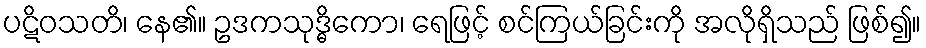
ပဋိဝသတိ၊ နေ၏။ ဥဒကသုဒ္ဓိကော၊ ရေဖြင့် စင်ကြယ်ခြင်းကို အလိုရှိသည် ဖြစ်၍။